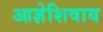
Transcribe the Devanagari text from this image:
आज्ञेशिवाय